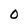
Character: 0